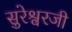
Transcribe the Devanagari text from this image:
सुरेश्वरजी